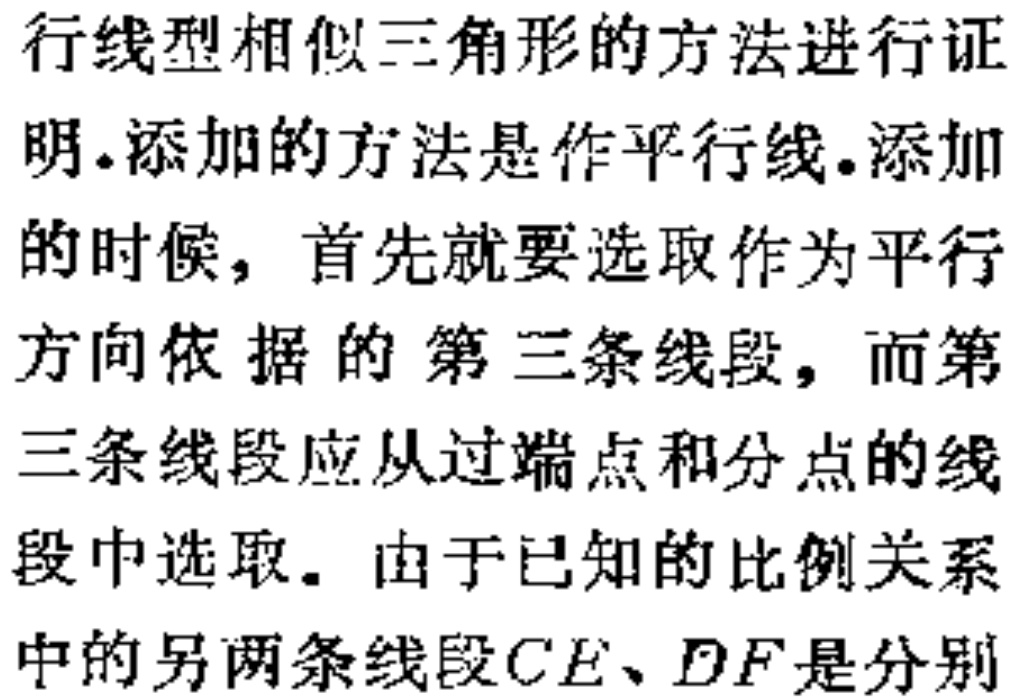
行线型相似三角形的方法进行证
明.添加的方法是作平行线.添加
的时候，首先就要选取作为平行
方向依据的第三条线段，而第
三条线段应从过端点和分点的线
段中选取. 由于已知的比例关系
中的另两条线段\(CE、DF\)是分别